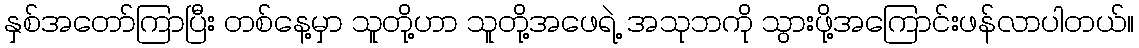
နှစ်အတော်ကြာပြီး တစ်နေ့မှာ သူတို့ဟာ သူတို့အဖေရဲ့ အသုဘကို သွားဖို့အကြောင်းဖန်လာပါတယ်။